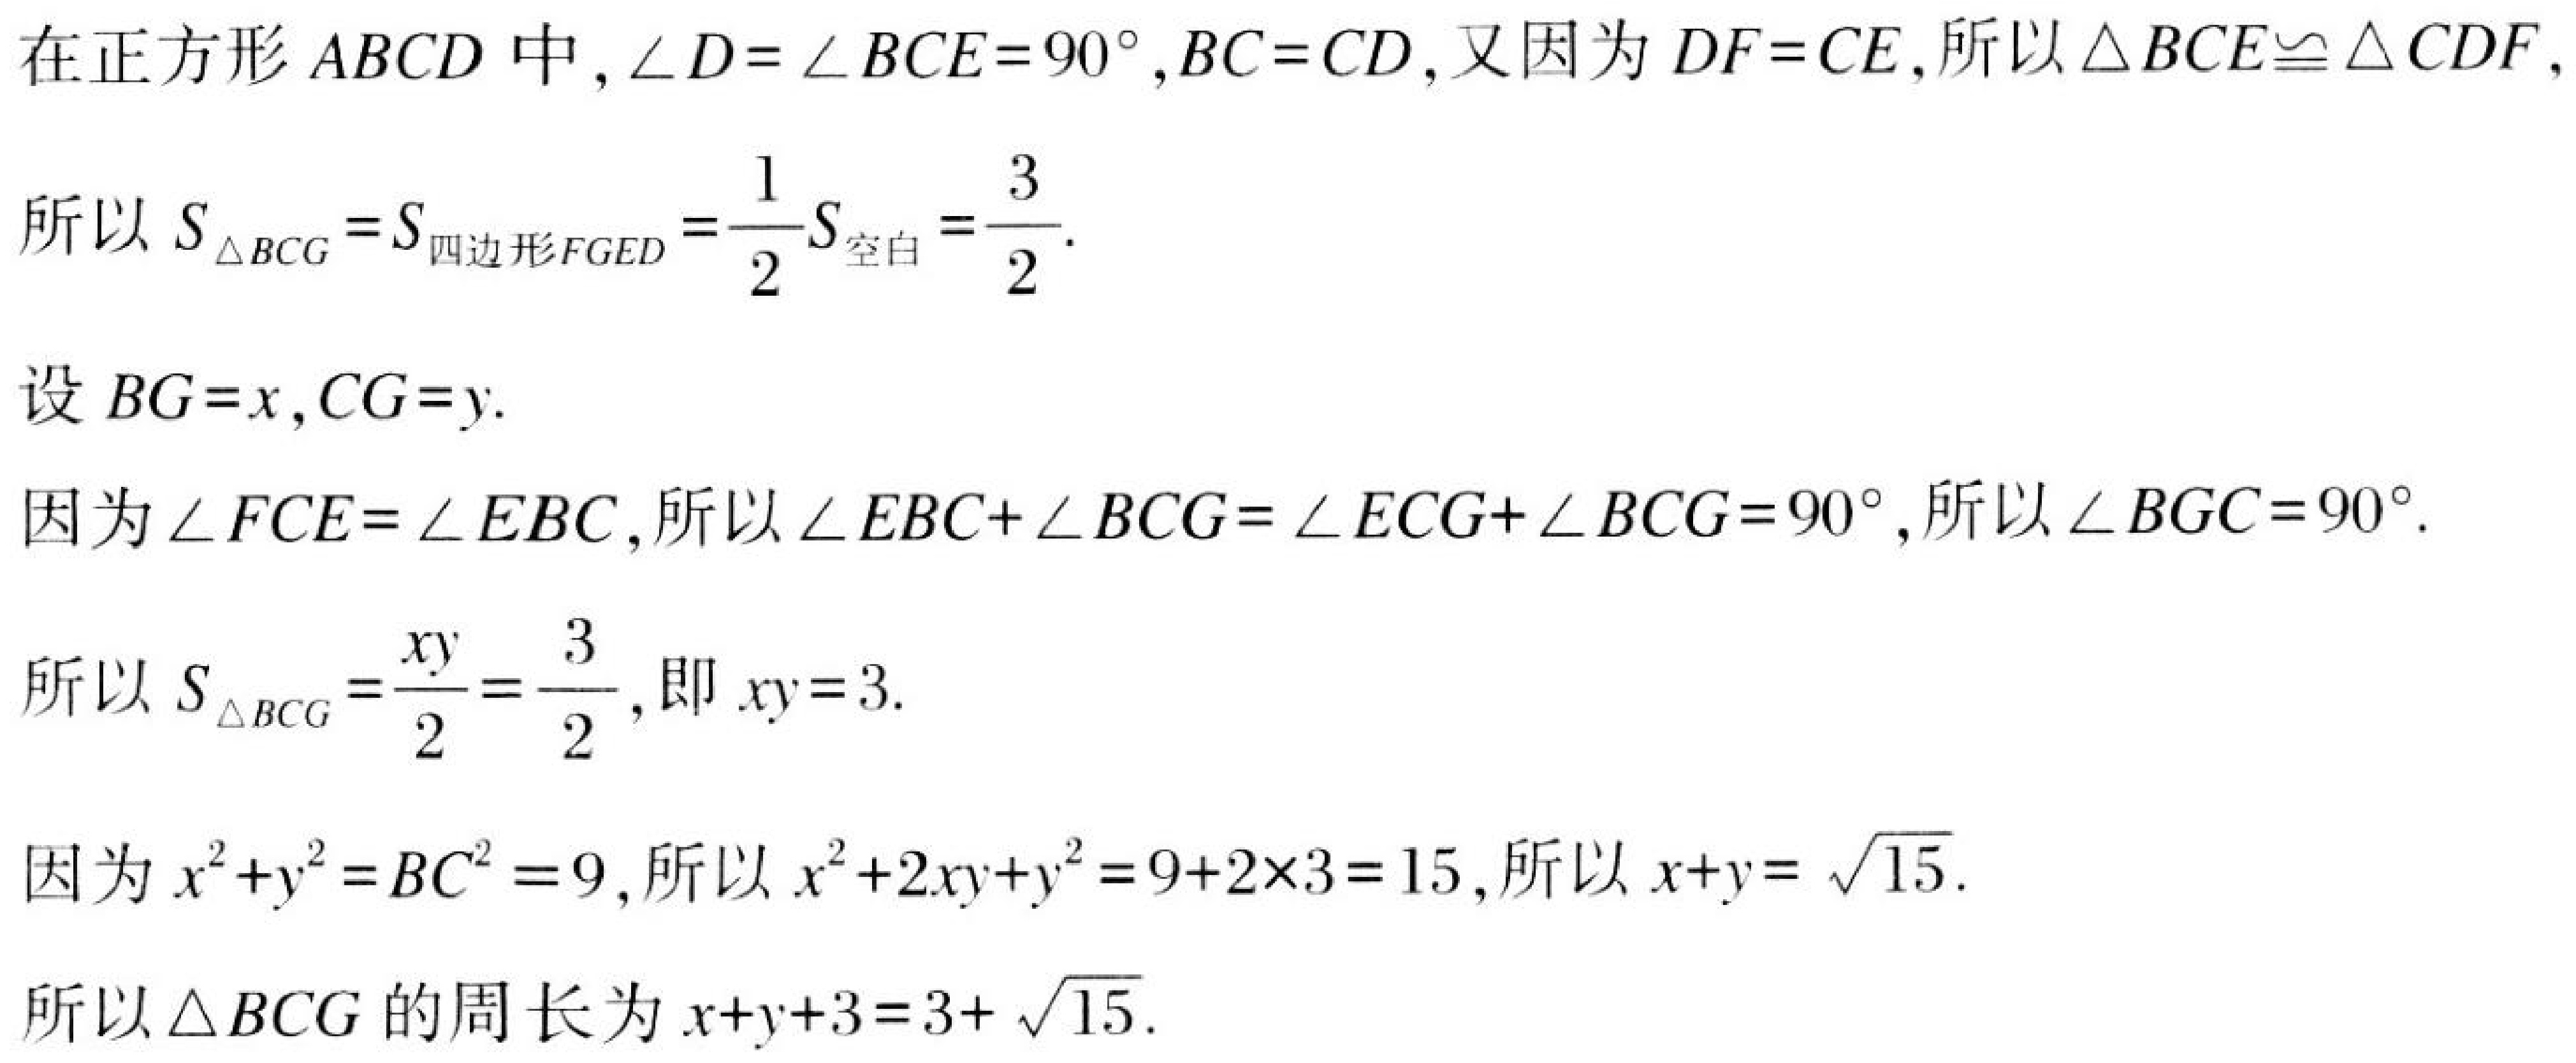
在正方形$ABCD$中,$\angle D = \angle BCE = 90^{\circ},BC = CD$, 又因为$DF = CE$, 所以$\triangle BCE\cong\triangle CDF$,
所以$S_{\triangle BCG}=S_{四边形FGED}=\frac{1}{2}S_{空白}=\frac{3}{2}$.
设$BG = x,CG = y$.
因为$\angle FCE = \angle EBC$, 所以$\angle EBC+\angle BCG = \angle ECG+\angle BCG = 90^{\circ}$, 所以$\angle BGC = 90^{\circ}$.
所以$S_{\triangle BCG}=\frac{xy}{2}=\frac{3}{2}$, 即$xy = 3$.
因为$x^{2}+y^{2}=BC^{2}=9$, 所以$x^{2}+2xy + y^{2}=9 + 2\times3 = 15$, 所以$x + y=\sqrt{15}$.
所以$\triangle BCG$的周长为$x + y+3 = 3+\sqrt{15}$.